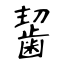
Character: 𪘂